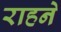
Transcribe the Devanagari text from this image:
राहने